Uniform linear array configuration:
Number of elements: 24
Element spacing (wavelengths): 1
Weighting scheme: cosine
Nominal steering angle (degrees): -60
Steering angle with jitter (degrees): -59.774
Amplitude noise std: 0.05
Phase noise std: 0.05

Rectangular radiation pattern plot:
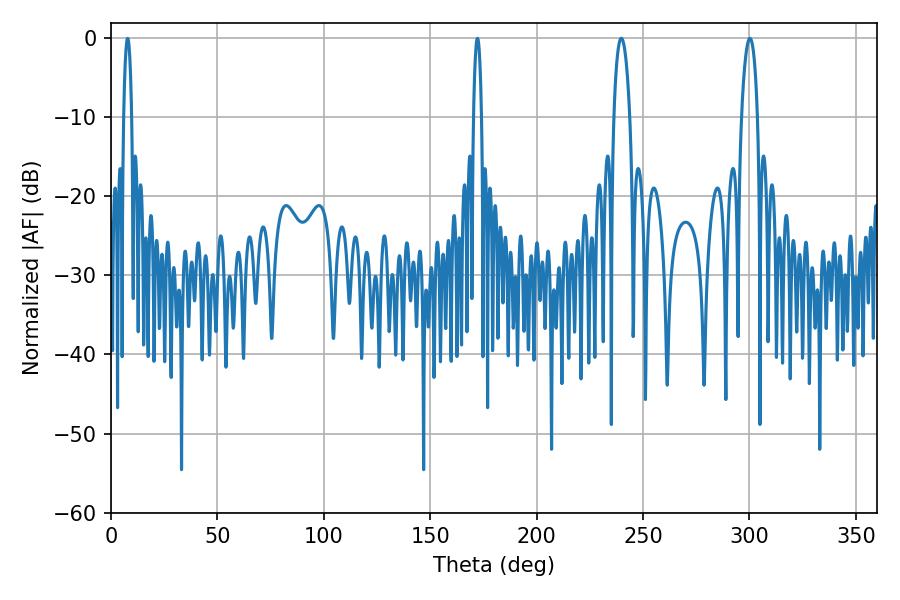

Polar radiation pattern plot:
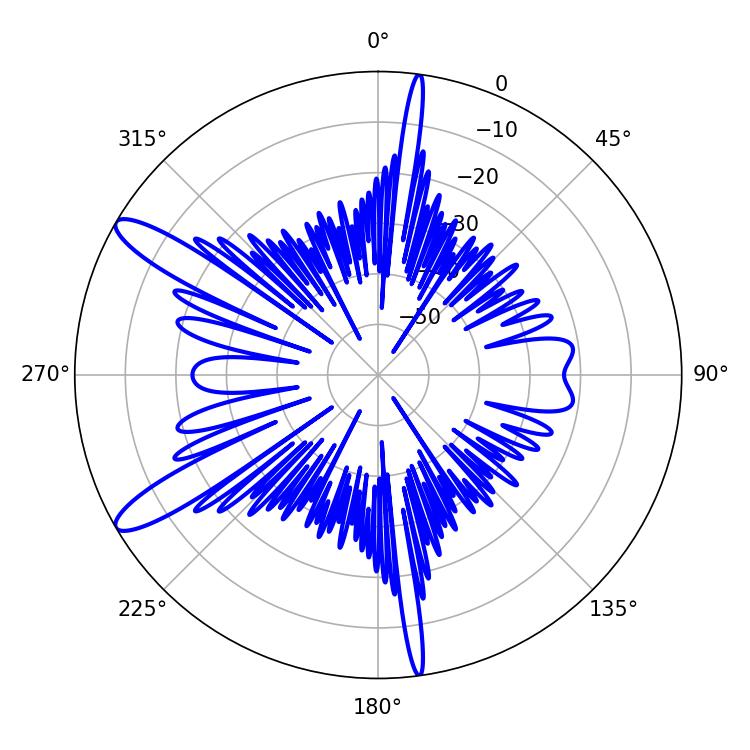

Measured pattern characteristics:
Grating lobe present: TRUE
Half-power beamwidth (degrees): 4.14
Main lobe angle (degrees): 239.76